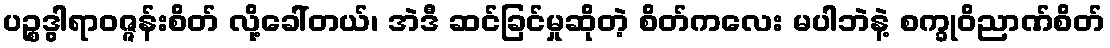
ပဉ္စဒွါရာဝဇ္ဇန်းစိတ် လို့ခေါ်တယ်၊ အဲဒီ ဆင်ခြင်မှုဆိုတဲ့ စိတ်ကလေး မပါဘဲနဲ့ စက္ခုဝိညာဏ်စိတ်